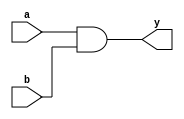
module simple_comb_logic (
    input wire a,        // First input
    input wire b,        // Second input
    output wire y        // Output
);

// Continuous assignment using the assign statement
assign y = a & b;       // Logical AND operation

endmodule